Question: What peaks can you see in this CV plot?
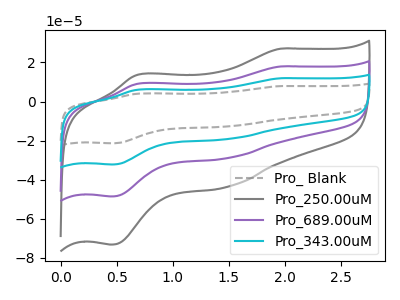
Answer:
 <answer>The gray dashed curve "Pro_ Blank" has anodic peaks at (1.95V, 53.85uA) (0.70V, 27.20uA) and cathodic peaks at (1.50V, -86.80uA) (0.45V, -145.90uA). The gray curve "Pro_250.00uM" has anodic peaks at (1.95V, 27.05uA) (0.70V, 13.65uA) and cathodic peaks at (1.50V, -43.60uA) (0.45V, -73.30uA). The purple curve "Pro_689.00uM" has anodic peaks at (1.95V, 17.95uA) (0.70V, 9.05uA) and cathodic peaks at (1.50V, -28.95uA) (0.45V, -48.65uA). The cyan curve "Pro_343.00uM" has anodic peaks at (1.95V, 35.90uA) (0.70V, 18.15uA) and cathodic peaks at (1.50V, -57.85uA) (0.45V, -97.30uA).</answer>
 <eval></eval>